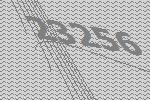
23256